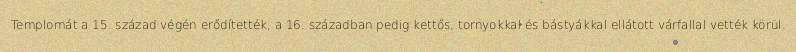
Templomát a 15. század végén erődítették, a 16. században pedig kettős, tornyokkal és bástyákkal ellátott várfallal vették körül.